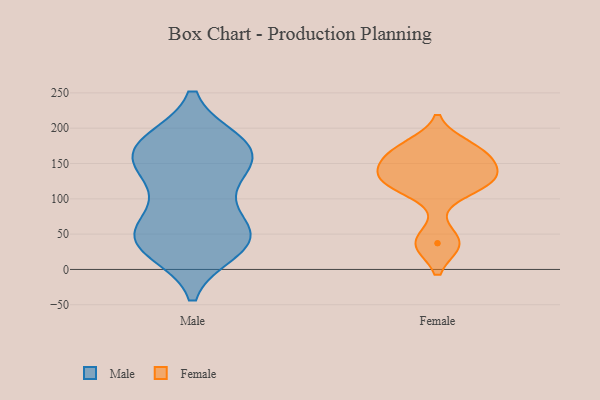
{"axis": {"x": "Revenue (USD Million)", "y": "Value"}, "legend": ["Female", "Male"], "data": [{"x": "", "y": 100, "type": "Male"}, {"x": "", "y": 180, "type": "Male"}, {"x": "", "y": 157, "type": "Male"}, {"x": "", "y": 126, "type": "Male"}, {"x": "", "y": 171, "type": "Male"}, {"x": "", "y": 144, "type": "Male"}, {"x": "", "y": 67, "type": "Male"}, {"x": "", "y": 148, "type": "Male"}, {"x": "", "y": 31, "type": "Male"}, {"x": "", "y": 41, "type": "Male"}, {"x": "", "y": 40, "type": "Male"}, {"x": "", "y": 178, "type": "Male"}, {"x": "", "y": 52, "type": "Male"}, {"x": "", "y": 170, "type": "Male"}, {"x": "", "y": 178, "type": "Male"}, {"x": "", "y": 50, "type": "Male"}, {"x": "", "y": 28, "type": "Male"}, {"x": "", "y": 44, "type": "Male"}, {"x": "", "y": 163, "type": "Female"}, {"x": "", "y": 128, "type": "Female"}, {"x": "", "y": 118, "type": "Female"}, {"x": "", "y": 147, "type": "Female"}, {"x": "", "y": 37, "type": "Female"}, {"x": "", "y": 166, "type": "Female"}, {"x": "", "y": 121, "type": "Female"}, {"x": "", "y": 131, "type": "Female"}, {"x": "", "y": 37, "type": "Female"}, {"x": "", "y": 174, "type": "Female"}]}